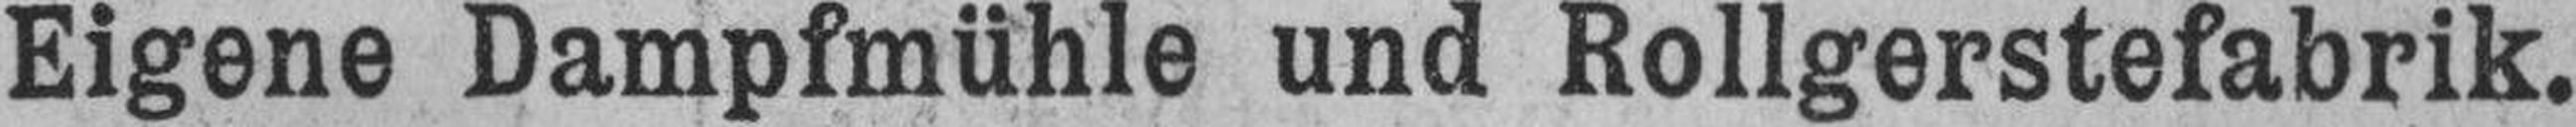
Eigene Dampfmühle und Rollgerstefabrik.